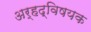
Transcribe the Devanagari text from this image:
अर्हद्विषयक